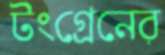
টংগ্রেনের